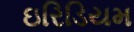
ઇરિડિયમ